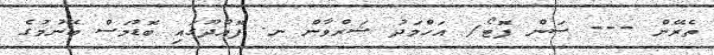
ތެރޭން --- ސަން ފޮޓޯ/ އަހްމަދު ޝަރްވާން ނ. ފޮއްދޫގައި ބޮޑުމަސް ބޭނުމުގެ